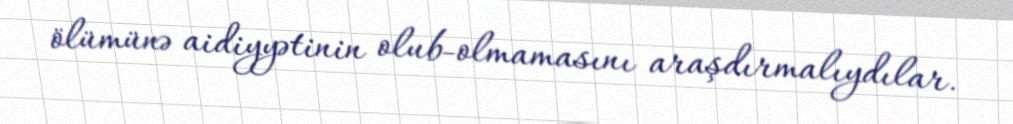
ölümünə aidiyyətinin olub-olmamasını araşdırmalıydılar.